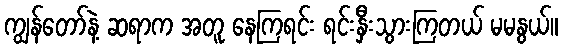
ကျွန်တော်နဲ့ ဆရာက အတူ နေကြရင်း ရင်းနှီးသွားကြတယ် မမနွယ်။